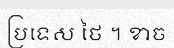
ប្រទេស ថៃ ។ ខាច